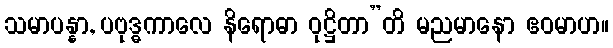
သမာပန္နာ, ပဗုဒ္ဓကာလေ နိရောဓာ ဝုဋ္ဌိတာ”တိ မညမာနော ဧဝမာဟ။